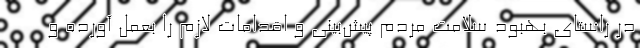
در راستای بهبود سلامت مردم پیش‌بینی و اقدامات لازم را بعمل آورده و